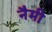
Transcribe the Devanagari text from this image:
नैमी